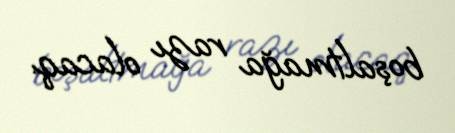
boşaltmağa razı olacaq.